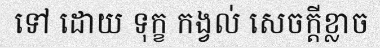
ទៅ ដោយ ទុក្ខ កង្វល់ សេចក្តីខ្លាច